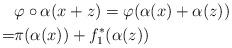
LaTeX: \begin{align*}&\varphi\circ\alpha(x+z)=\varphi(\alpha(x)+\alpha(z))\\=&\pi(\alpha(x))+f^*_1(\alpha(z))\end{align*}